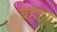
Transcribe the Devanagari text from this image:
बहेडा